Lunatic asylums Madras 1877-1891 - 1877-1891
Year: 1877
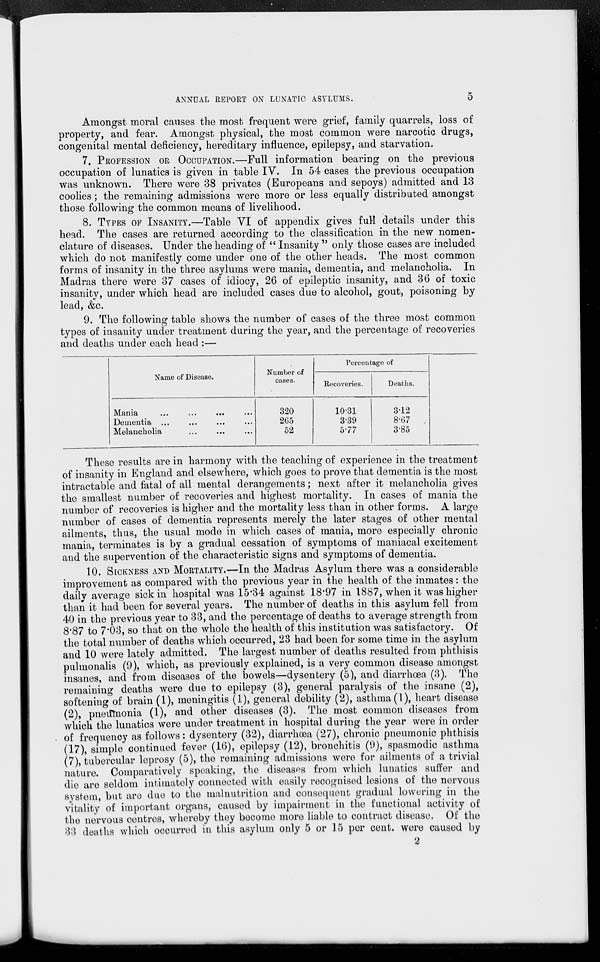
ANNUAL REPORT ON LUNATIC ASYLUMS.
5
Amongst moral causes the most frequent were grief, family quarrels, loss of
property, and fear. Amongst physical, the most common were narcotic drugs,
congenital mental deficiency, hereditary influence, epilepsy, and starvation.
7. PROFESSION OR OCCUPATION.—Full information bearing on the previous
occupation of lunatics is given in table IV. In 54 cases the previous occupation
was unknown. There were 38 privates (Europeans and sepoys) admitted and 13
coolies; the remaining admissions were more or less equally distributed amongst
those following the common means of livelihood.
8. TYPES OF INSANITY.—Table VI of appendix gives full details under this
head. The cases are returned according to the classification in the new nomen-
clature of diseases. Under the heading of " Insanity " only those cases are included
which do not manifestly come under one of the other heads. The most common
forms of insanity in the three asylums were mania, dementia, and melancholia. In
Madras there were 37 cases of idiocy, 26 of epileptic insanity, and 36 of toxic
insanity, under which head are included cases due to alcohol, gout, poisoning by
lead, &c.
9. The following table shows the number of cases of the three most common
types of insanity under treatment during the year, and the percentage of recoveries
and deaths under each head :—
Name of Disease.
Mania
...
...
...
...
Dementia ... ... ... ...
Melancholia ... ... ...
Number of
cases.
320
265
52
Percentage of
Recoveries.
10.31
3.39
5.77
Deaths.
3.12
8.67
3.85
These results are in harmony with the teaching of experience in the treatment
of insanity in England and elsewhere, which goes to prove that dementia is the most
intractable and fatal of all mental derangements; next after it melancholia gives
the smallest number of recoveries and highest mortality. In cases of mania the
number of recoveries is higher and the mortality less than in other forms. A large
number of cases of dementia represents merely the later stages of other mental
ailments, thus, the usual mode in which cases of mania, more especially chronic
mania, terminates is by a gradual cessation of symptoms of maniacal excitement
and the supervention of the characteristic signs and symptoms of dementia.
10. SICKNESS AND MORTALITY.—In the Madras Asylum there was a considerable
improvement as compared with the previous year in the health of the inmates: the
daily average sick in hospital was 15.34 against 18.97 in 1887, when it was higher
than it had been for several years. The number of deaths in this asylum fell from
40 in the previous year to 33, and the percentage of deaths to average strength from
8.87 to 7.03, so that on the whole the health of this institution was satisfactory. Of
the total number of deaths which occurred, 23 had been for some time in the asylum
and 10 were lately admitted. The largest number of deaths resulted from phthisis
pulmonalis (9), which, as previously explained, is a very common disease amongst
insanes, and from diseases of the bowels—dysentery (5), and diarrhœa (3). The
remaining deaths were due to epilepsy (3), general paralysis of the insane (2),
softening of brain (1), meningitis (1), general debility (2), asthma (1), heart disease
(2), pneumonia (1), and other diseases (3). The most common diseases from
which the lunatics were under treatment in hospital during the year were in order
of frequency as follows: dysentery (32), diarrhœa (27), chronic pneumonic phthisis
(17), simple continued fever (16), epilepsy (12), bronchitis (9), spasmodic asthma
(7), tubercular leprosy (5), the remaining admissions were for ailments of a trivial
nature. Comparatively speaking, the diseases from which lunatics suffer and
die are seldom intimately connected with easily recognised lesions of the nervous
system, but are due to the malnutrition and consequent gradual lowering in the
vitality of important organs, caused by impairment in the functional activity of
the nervous centres, whereby they become more liable to contract disease. Of the
33 deaths which occurred in this asylum only 5 or 15 per cent. were caused by
2